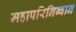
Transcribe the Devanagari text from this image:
महापरिनिब्वान